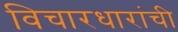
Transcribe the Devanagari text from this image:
विचारधारांची